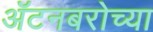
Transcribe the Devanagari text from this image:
ॲटनबरोच्या